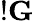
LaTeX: !\mathbf G